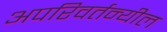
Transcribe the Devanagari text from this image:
अपरिवर्तन्यील